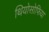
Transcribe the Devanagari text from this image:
थियोसोफिया